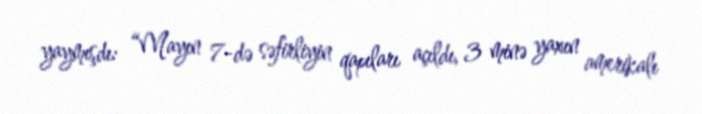
yaymışdı: “Mayın 7-də səfirliyin qapıları açıldı, 3 minə yaxın amerikalı